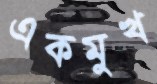
একমুখ